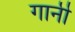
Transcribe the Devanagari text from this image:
गार्नी